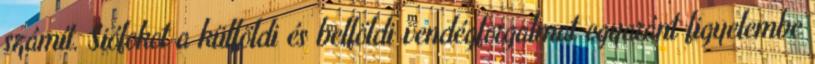
számít. Siófokot a külföldi és belföldi vendégforgalmat egyaránt figyelembe